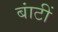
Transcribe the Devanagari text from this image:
बांटीं